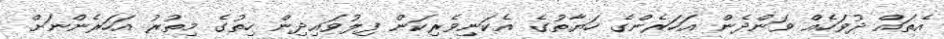
އެތައް ދުވަހެއް ވަންދެން އަހަރެންގެ ހަޔާތުގެ އެކަނިވެރިކަން ފިލުވައިދިން ހިތުގެ މިތުރު އަހަރެންނަށް